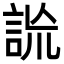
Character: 詤